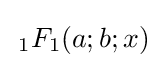
\,_{1}F_{1}(a;b;x)